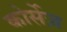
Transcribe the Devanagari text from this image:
कोर्सेज़